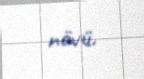
növü.